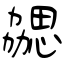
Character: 勰